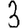
Digit: 3